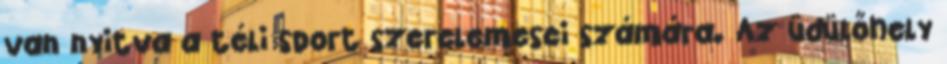
van nyitva a téli sport szerelemesei számára. Az üdülőhely